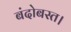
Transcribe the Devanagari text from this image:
बंदोबस्त।